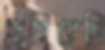
ডুবিয়েছি